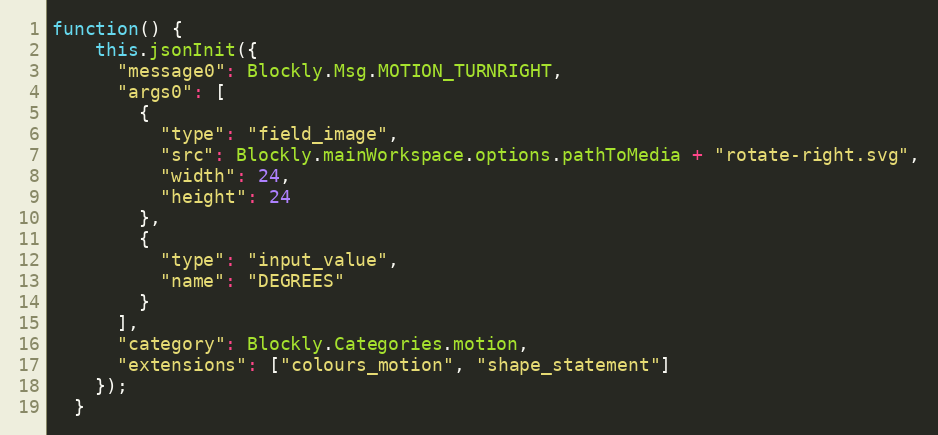
Language: JavaScript
function() {
    this.jsonInit({
      "message0": Blockly.Msg.MOTION_TURNRIGHT,
      "args0": [
        {
          "type": "field_image",
          "src": Blockly.mainWorkspace.options.pathToMedia + "rotate-right.svg",
          "width": 24,
          "height": 24
        },
        {
          "type": "input_value",
          "name": "DEGREES"
        }
      ],
      "category": Blockly.Categories.motion,
      "extensions": ["colours_motion", "shape_statement"]
    });
  }